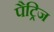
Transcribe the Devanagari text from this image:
पैट्रिज